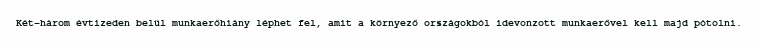
Két-három évtizeden belül munkaerőhiány léphet fel, amit a környező országokból idevonzott munkaerővel kell majd pótolni.